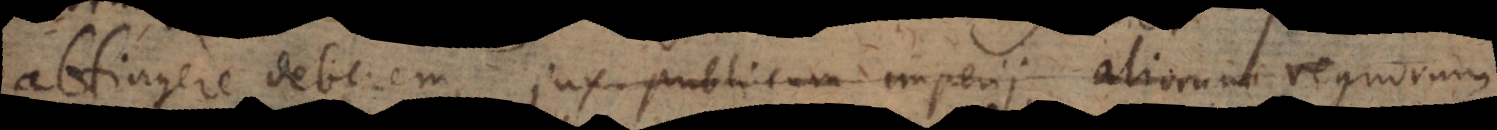
attingere deberem, jus publicum imperii, aliorum regnorum